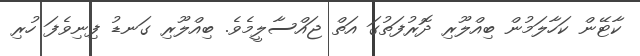
ކާޓޭން ކަހާލަމުން ބިއްލޫރި ދޮރުފަތުގަ އަތް ޖައްސާލީމެވެ. ބިއްލޫރި ގަނޑު ފިނިވެފަ ހުރި